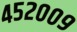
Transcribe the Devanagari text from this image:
४५२००९